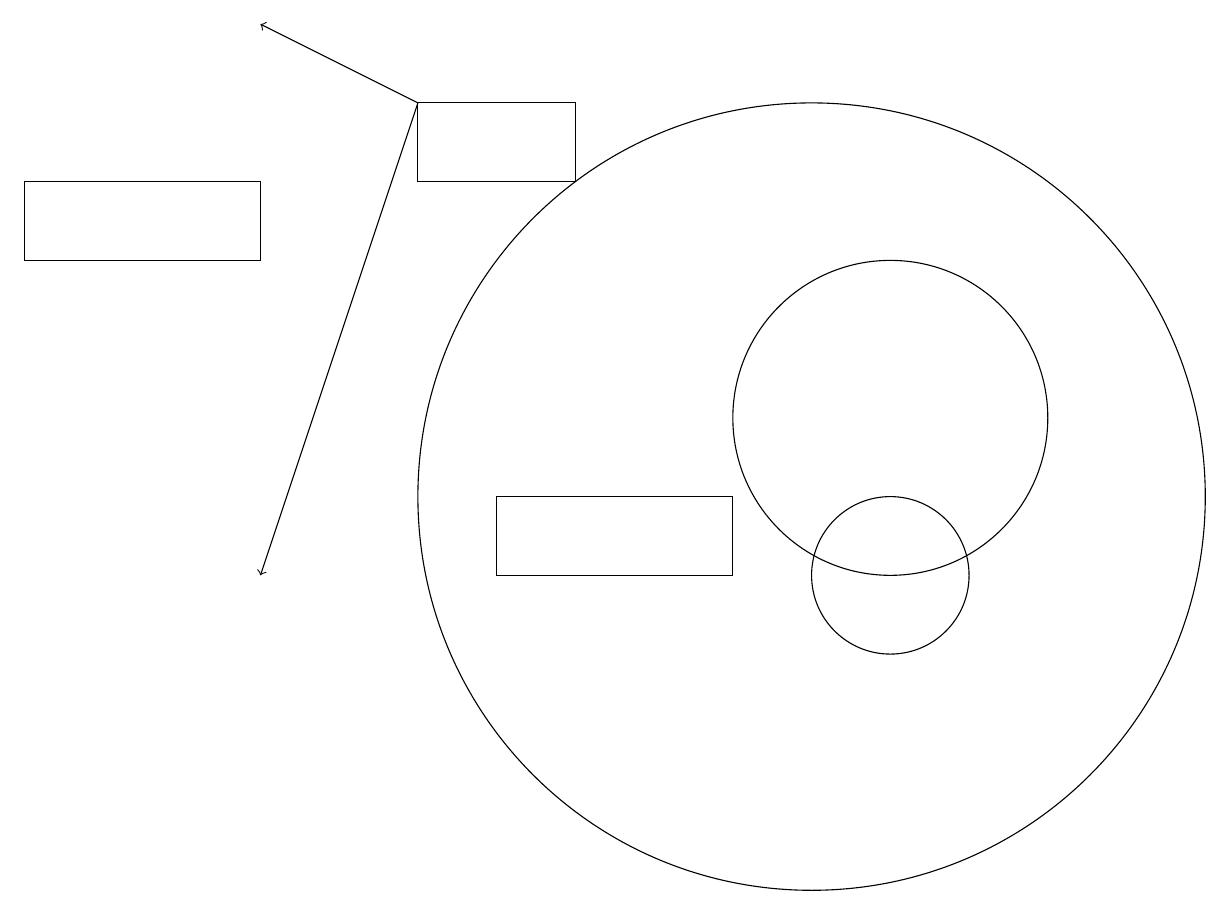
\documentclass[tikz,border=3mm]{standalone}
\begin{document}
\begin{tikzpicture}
\draw (7,15) rectangle (5,16);
\draw[->] (5,16) -- (3,17);
\draw (9,10) rectangle (6,11);
\draw[->] (5,16) -- (3,10);
\draw (10,11) circle (5);
\draw (0,14) rectangle (3,15);
\draw (11,12) circle (2);
\draw (11,10) circle (1);
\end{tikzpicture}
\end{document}